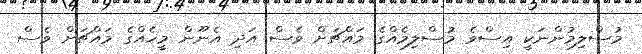
މުސްލިމުންނަކީ އިސްވެ މުސްލިމެއްގެ މައްޗަށް ވެސް އަދި އެނޫން މީހެއްގެ މައްޗަށް ވެސް